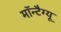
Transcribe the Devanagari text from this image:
मॉन्टैग्यू